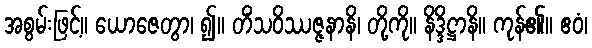
အစွမ်းဖြင့်။ ယောဇေတွာ၊ ၍။ တိံသဝိဿဇ္ဇနာနိ၊ တို့ကို။ နိဒ္ဒိဋ္ဌာနိ။ ကုန်၏။ ဧဝံ၊